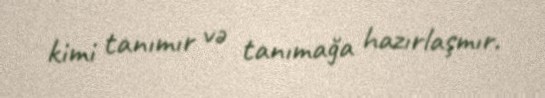
kimi tanımır və tanımağa hazırlaşmır.